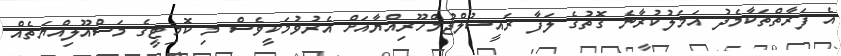
އެ ފަރާތްތަކާމެދު އަމަލުކުރާނެ ގޮތުގެ ލަފާ ރައީސުލްޖުމްހޫރިއްޔާއަށް އެރުވުމަކީވެސް މި ކޮމިޓީގެ މަސްއޫލިއްޔަތެއް